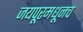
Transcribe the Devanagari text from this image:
जयपूरमधूनच